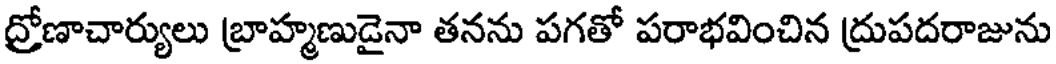
ద్రోణాచార్యులు బ్రాహ్మణుడైనా తనను పగతో పరాభవించిన ద్రుపదరాజును